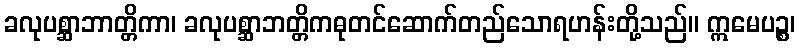
ခလုပစ္ဆာဘာတ္တိကာ၊ ခလုပစ္ဆာဘတ္တိကဓုတင်ဆောက်တည်သောရဟန်းတို့သည်။ ဣမေပဉ္စ၊